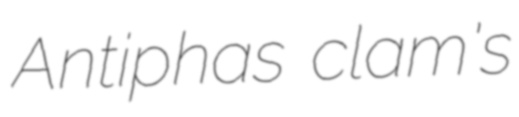
Antiphas clam's